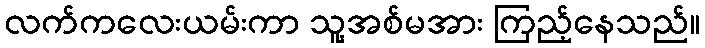
လက်ကလေးယမ်းကာ သူ့အစ်မအား ကြည့်နေသည်။